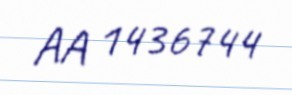
AA 1436744